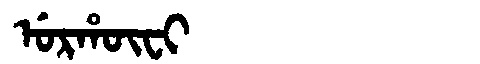
Manchu: ᡠᡵᡥᡡᠸᡳ
Romanization: URHŪFI